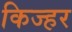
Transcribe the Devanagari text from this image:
किज्हर